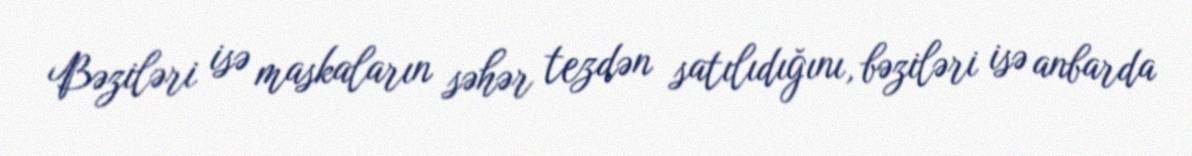
Bəziləri isə maskaların səhər tezdən satılıdığını, bəziləri isə anbarda